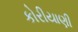
કોરીયાણી